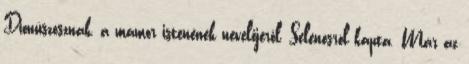
Dionüszosznak, a mámor istenének nevelőjéről, Selenosról kapta. Már az